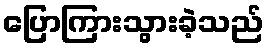
ပြောကြားသွားခဲ့သည်